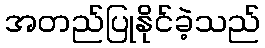
အတည်ပြုနိုင်ခဲ့သည်